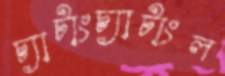
চ্যাটাংচ্যাটাংল